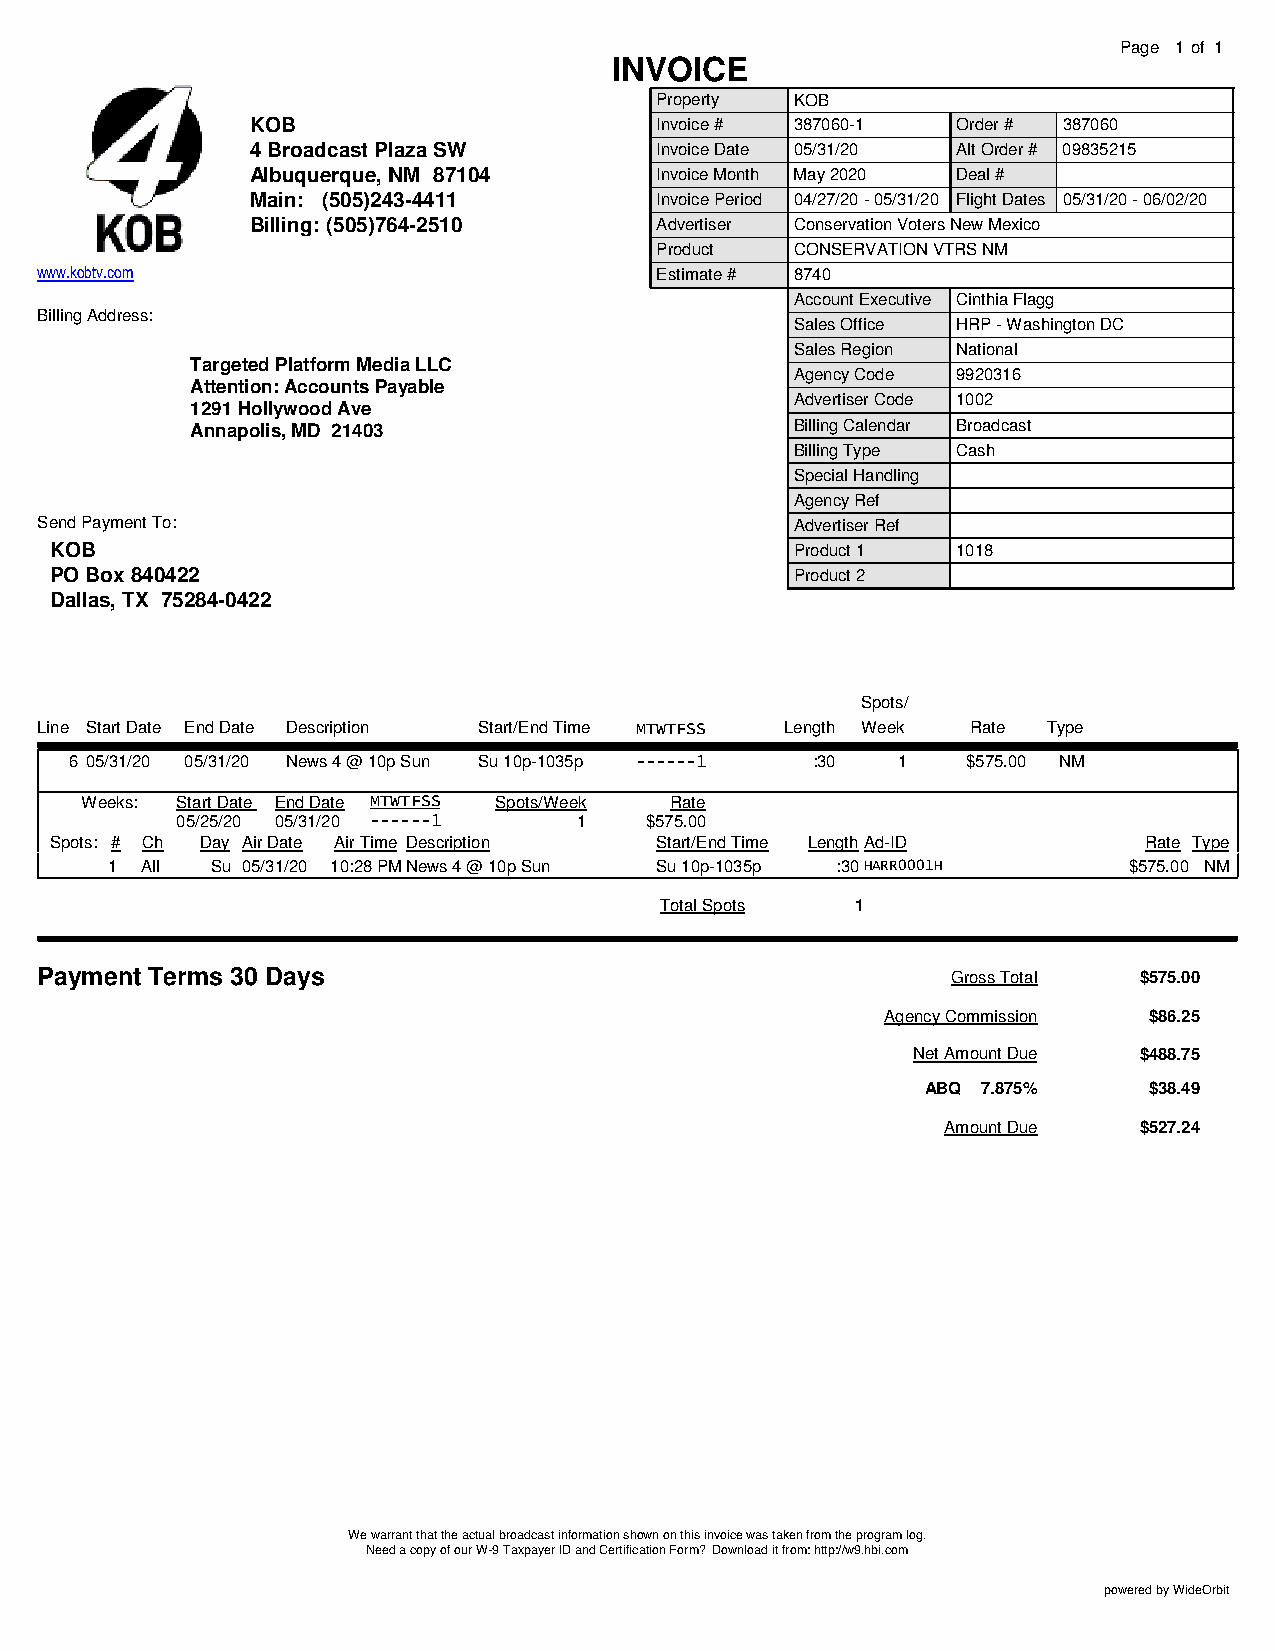
Page 1of 1
 INVOICE
 Property  KOB
 KOB                       Invoice # 387060-1  Order # 387060
 4 Broadcast Plaza SW      Invoice Date 05/31/20 Alt Order # 09835215
 Albuquerque, NM 87104     Invoice Month May 2020 Deal #
 Main: (505)243-4411       Invoice Period 04/27/20 - 05/31/20 Flight Dates 05/31/20 - 06/02/20
 Billing: (505)764-2510    Advertiser Conservation Voters New Mexico
 Product   CONSERVATION VTRS NM
 www.kobtv.com                            Estimate # 8740
 Account Executive Cinthia Flagg
 Billing Address:
 Sales Office HRP - Washington DC
 Sales Region National
 Targeted Platform Media LLC
 Agency Code 9920316
 Attention: Accounts Payable
 Advertiser Code 1002
 1291 Hollywood Ave
 Annapolis, MD 21403                     Billing Calendar Broadcast
 Billing Type Cash
 Special Handling
 Agency Ref
 Send Payment To:                                   Advertiser Ref
 KOB                                               Product 1 1018
 PO Box 840422                                     Product 2
 Dallas, TX 75284-0422
 Spots/
 Line Start Date End Date Description Start/End Time MTWTFSS Length Week Rate Type
 6 05/31/20 05/31/20 News 4 @ 10p Sun Su 10p-1035p ------1 :30 1 $575.00 NM
 Weeks: Start Date End Date MTWTFSS Spots/Week Rate
 05/25/20 05/31/20 ------1 1    $575.00
 Spots: # Ch Day Air Date Air Time Description Start/End Time LengthAd-ID Rate Type
 1 All  Su 05/31/20 10:28 PMNews 4 @ 10p Sun Su 10p-1035p :30HARR0001H $575.00 NM
 Total Spots  1
 Payment Terms 30 Days                                        Gross Total $575.00
 Agency Commission $86.25
 Net Amount Due $488.75
 ABQ 7.875%     $38.49
 Amount Due  $527.24
 We warrant that the actual broadcast information shown on this invoice was taken from the program log.
 Need a copy of our W-9 Taxpayer ID and Certification Form? Download it from: http://w9.hbi.com
 powered by WideOrbit